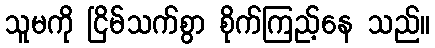
သူမကို ငြိမ်သက်စွာ စိုက်ကြည့်နေ သည်။